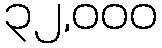
၃၂,၀၀၀